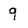
Character: 9